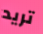
تريد